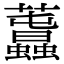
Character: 𧅪